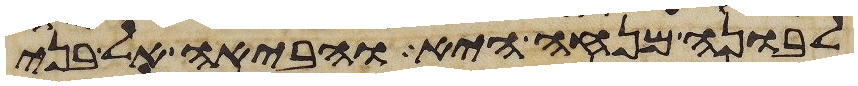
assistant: לבונה מנחה היא והביאה אל בני